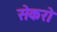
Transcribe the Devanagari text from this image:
सेकरो